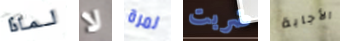
لماذا لا لمرة ضربت الأجابة